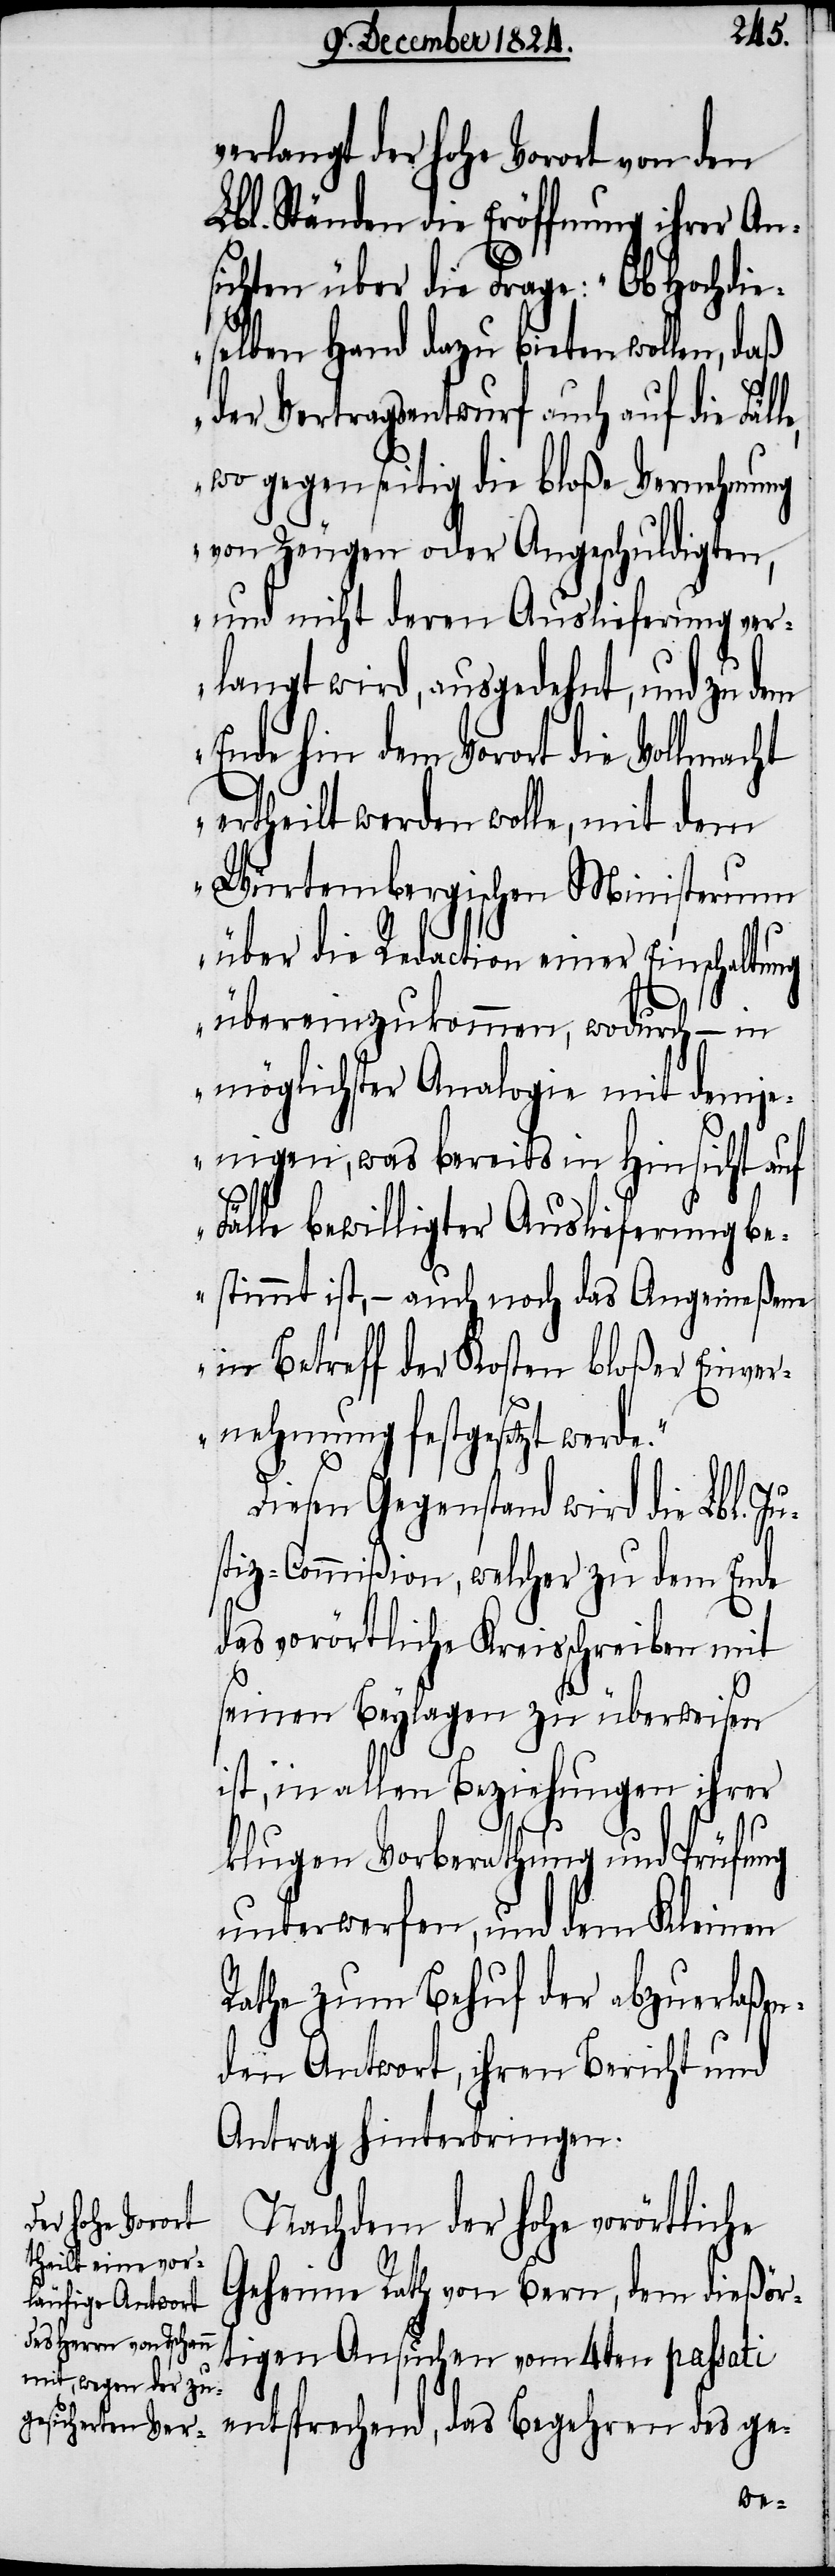
ht
verlangt der hohe Vorort von den
Lbl. Ständen die Eröffnung ihrer An¬
sichten über die Frage: „Ob Hochdie¬
selben Hand dazu bieten wollen, daß
der Vertragsentwurf auch auf die Fäl¬
wo gegenseitig die bloße Vernehmung
von Zeugen oder Angeschuldigten,
und nicht deren Auslieferung ver¬
langt wird, ausgedehnt, und zu
Ende hin dem Vorort die Vollmac¬
ertheilt werden wolle, mit dem
Würtembergischen Ministerium
über die Redaction einer Einschaltung
übereinzukommen, wodurch – in
möglicher Analogie mit demje¬
nigen, was bereits in Hinsicht auf
Fälle bewilligter Auslieferung be¬
stimmt ist, – auch noch das Angemeßene
in Betreff der Kosten bloßer Einver¬
nehmung festgesetzt werde.“
Diesen Gegenstand wird die Lbl. J¬
stiz-Commißion, welcher zu dem Ende
das vorörtliche Kreisschreiben mit
seinen Beylagen zu überweisen
ist, in allen Beziehungen ihrer
klugen Vorberathung und Prüfung
unterwerfen und dem Kleinen
Rathe zum Behuf der abzuerlaßen¬
den Antwort, ihren Bericht und
Antrag zu hinterbringen.
Nachdem der hohe vorörtliche
Geheime Rath von Bern, dem dießör¬
tigen Ansuchen vom 4ten passati
entsprechend, das Begehren des ge-
u¬